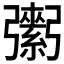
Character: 𢐾